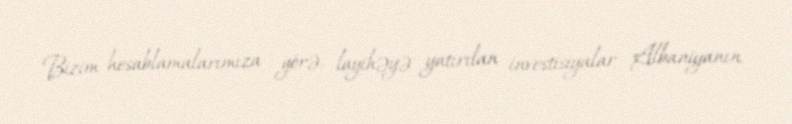
Bizim hesablamalarımıza görə, layihəyə yatırılan investisiyalar Albaniyanın